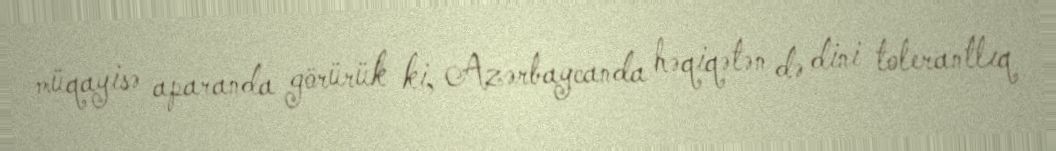
müqayisə aparanda görürük ki, Azərbaycanda həqiqətən də dini tolerantlıq